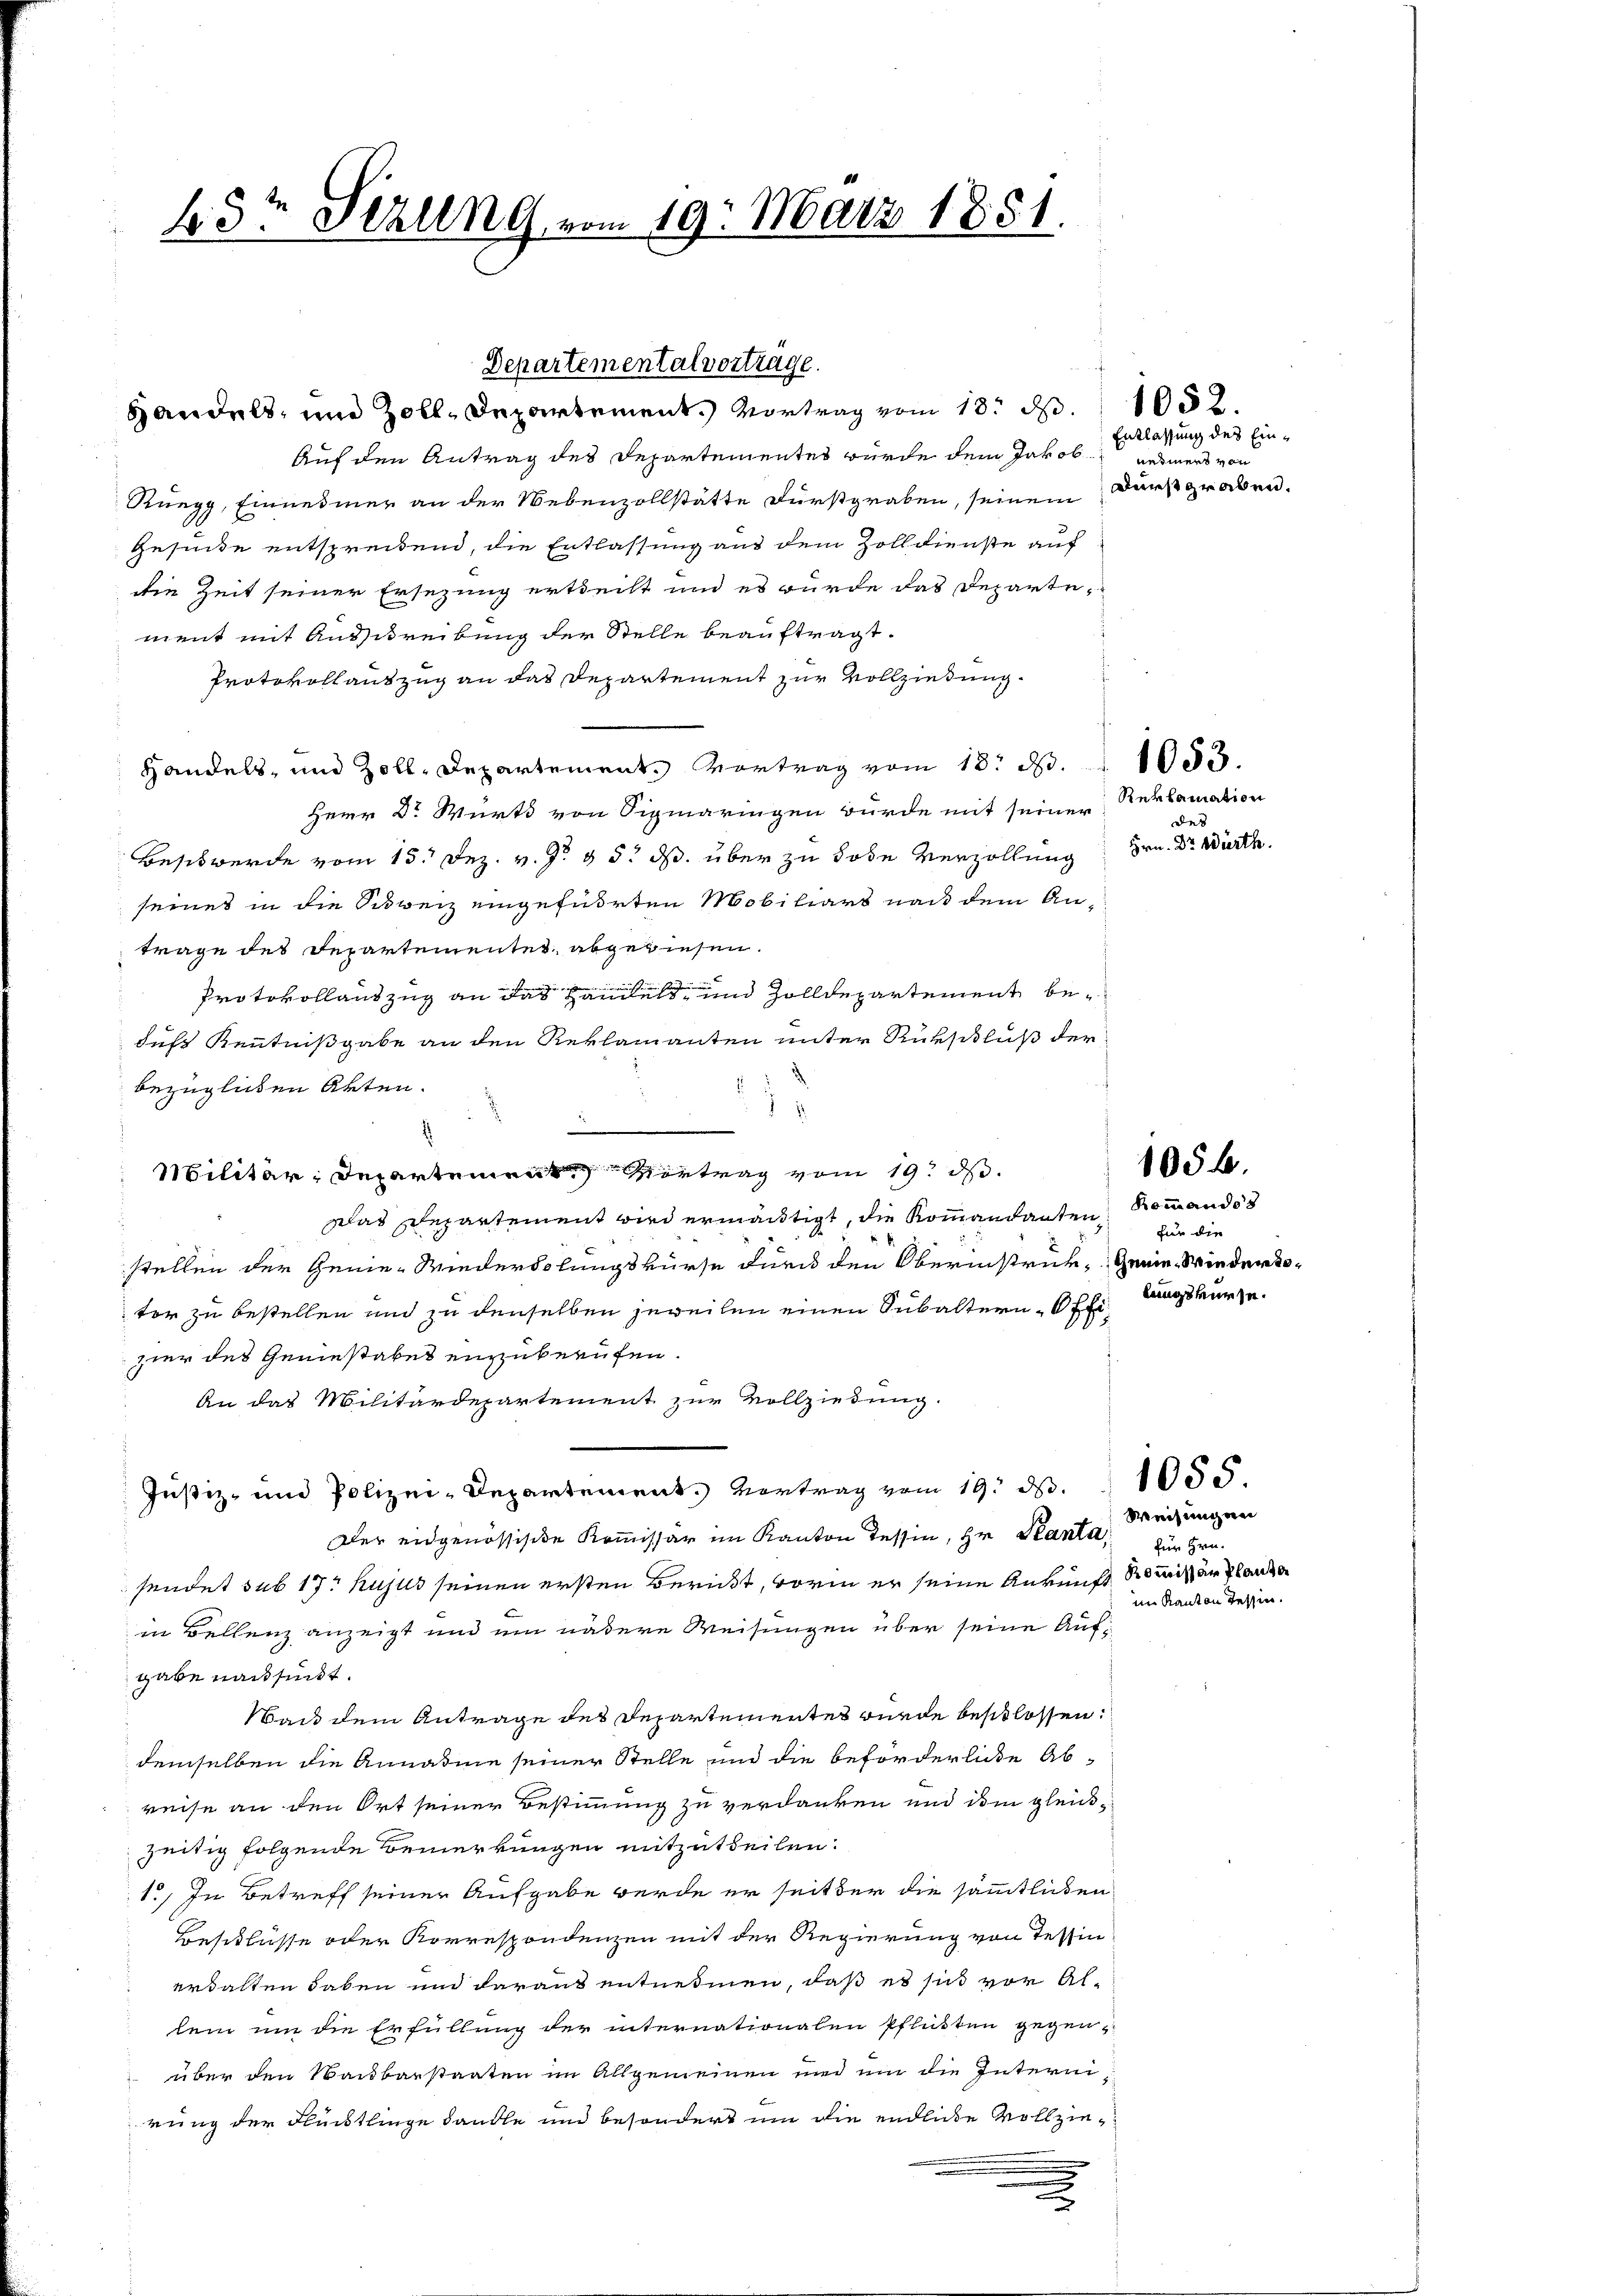
1
43. Sezung vom 19. März 1851.

Departemental vortrage.
Handels, und Zoll, Departement. Vortrag vom 18. d. 1052.

2

Auf den Antrag des Departementes wurde dem Jakob
Ruegg, Einnedmer an der Nebenzollstätte Fürstgraben, seinem Durstgraben.
Gesinde entspreitend, die Entlassung aus dem Zolldienste auf
die Zeit seiner Ersezung ertheilt und es wurde das Departement mit Ausschreibung der Stelle beauftragt.
Protokollauszug an das Departement zur Vollziehung.
Handels, und Zoll-Departement. Vortrag vom 18. d. 1083.
Herr Dr. Wirts von Sigmaringen wurde mit seiner
Beschwerde vom 15. Dez. v. J. 95. ds. über zu hohe Verzöllung Hrn. Dr Würth
seines in die Schweiz eingeführten Mobiliars nach dem Antrage des Departementet abgewiesen.
Protokollandzug an das Hamlet und Zolldepartement bedus Kenntnißgabe an den Reklamanten unter Rückschluß der
2
bezüglichen Akten.
.

i
Militärdepartement Vertrag vom 19. d.
Das Departement wird ermäutigt, die Kommandanten Sommandos
stellen der Genie-Wiederholungskurse durch den Oberinstruk, Genie Wieder Toter zu bestellen und zu denselben jeweilen einen Subaltern-Offizier des Geniestabes einzuberufen.
An das Militärdepartement zur Vollziehung.
Justiz- und Polizei-Departement. Vertrag vom 19. d. 1005.
Der eidgenössische Kommissär im Kanton Tessin, Hr. Planta,
sendet sub 17. hujus seinen ersten Bericht, worin er seine Ankunft Kommißär Plauder
in Bellenz anzeigt und ein nähere Weisungen über seine Aufgabe nach sindt.
Wand dem Antrage des Departementes wurde beschlossen:
demselben die Annahme seiner Stelle und die beförderliche Ab-
reise an den Ort seiner Bestimmung zu verdanken und dem gleichzeitig folgende Bemerkungen mitzutheilen.
1.) In Betreff seiner Aufgabe werde er seit der die sämmtlichen
Beschlüsse oder Korrespondenzen mit der Regierung von Tessin
erhalten haben und daraus entnehmen, daß es sich vor Allein um die Erfüllung der internationalen Pflükten gegenüber den Nachbarstaaten im Allgemeinen und um die Internirung der Fleistlinge handle und besondert um die endliche Vollzie¬
.
.

Entlassung des Einnehmert von

Langs

Reklamation
des

für die

1056.

.

Weisungen
für Hrn.
im Kanton Tessin.